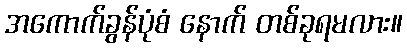
အကောက်ခွန်ပုံစံ နောက် တစ်ခုရမလား။